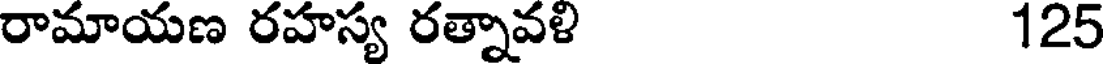
రామాయణ రహస్య రత్నావళి 125